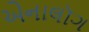
એનાલૉગ